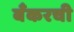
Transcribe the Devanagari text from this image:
बँकरची